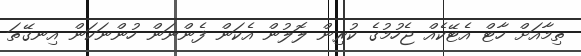
ތިމާއަށް ހާޓް އެޓޭކެއް ޖެހުމުގެ ކުރިން ލޮލުން އެކަން ފެންނަން ހުންނަކަން އިނގޭތަ